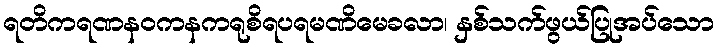
ရတိကရဏနဝကနကရုစိရပရမဏိမေခလာ၊ နှစ်သက်ဖွယ်ပြုအပ်သော